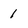
Character: 1